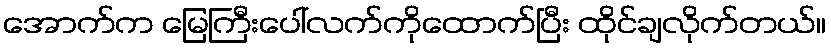
အောက်က မြေကြီးပေါ်လက်ကိုထောက်ပြီး ထိုင်ချလိုက်တယ်။